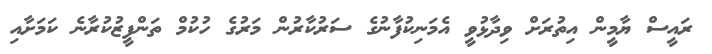
ރައީސް ޔާމީން އިތުރަށް ވިދާޅުވީ އެމަނިކުފާނުގެ ސަރުކާރުން މަރުގެ ހުކުމް ތަންފީޒުކުރާނެ ކަމަށާއި